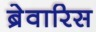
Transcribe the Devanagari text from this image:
ब्रेवारिस